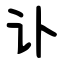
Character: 讣